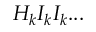
H _ { k } I _ { k } I _ { k } . . .